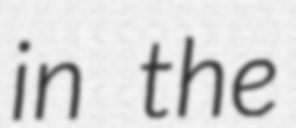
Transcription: in the